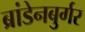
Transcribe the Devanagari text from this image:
ब्रांडेनबुर्गर